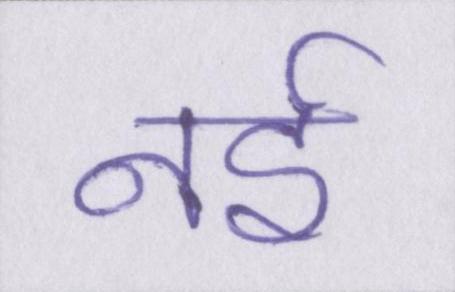
नई